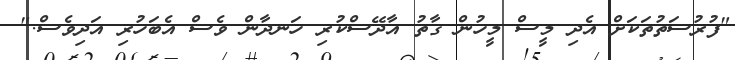
"ފުރުސަތުތަކަށް އެދި މީސް މީހުން ގާތު އާދޭސްކުރި ހަނދާން ވެސް އެބަހުރި އަދިވެސް."